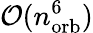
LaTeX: {\cal O}(n_{\mathrm{orb}}^{6})